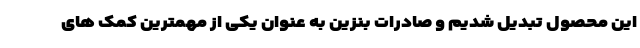
این محصول تبدیل شدیم و صادرات بنزین به عنوان یکی از مهمترین کمک های